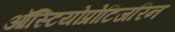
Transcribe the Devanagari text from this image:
ऑस्टियोप्रोटिजरिन